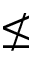
\nleq